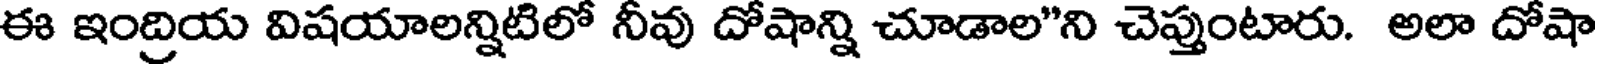
ఈ ఇంద్రియ విషయాలన్నిటిలో నీవు దోషాన్ని చూడాల"ని చెప్తుంటారు. అలా దోషా